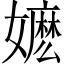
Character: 嬷